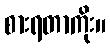
စားရတာကိုး။